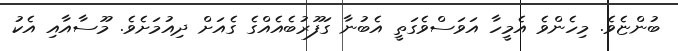
ބުންޏެވެ. މިހެންވެ އެމީހާ އަވަސްވެގަތީ އެބުނާ ގަފޫރުބެއެއްގެ ގެއަށް ދިއުމަށެވެ. މޫސާއާއި އެކު